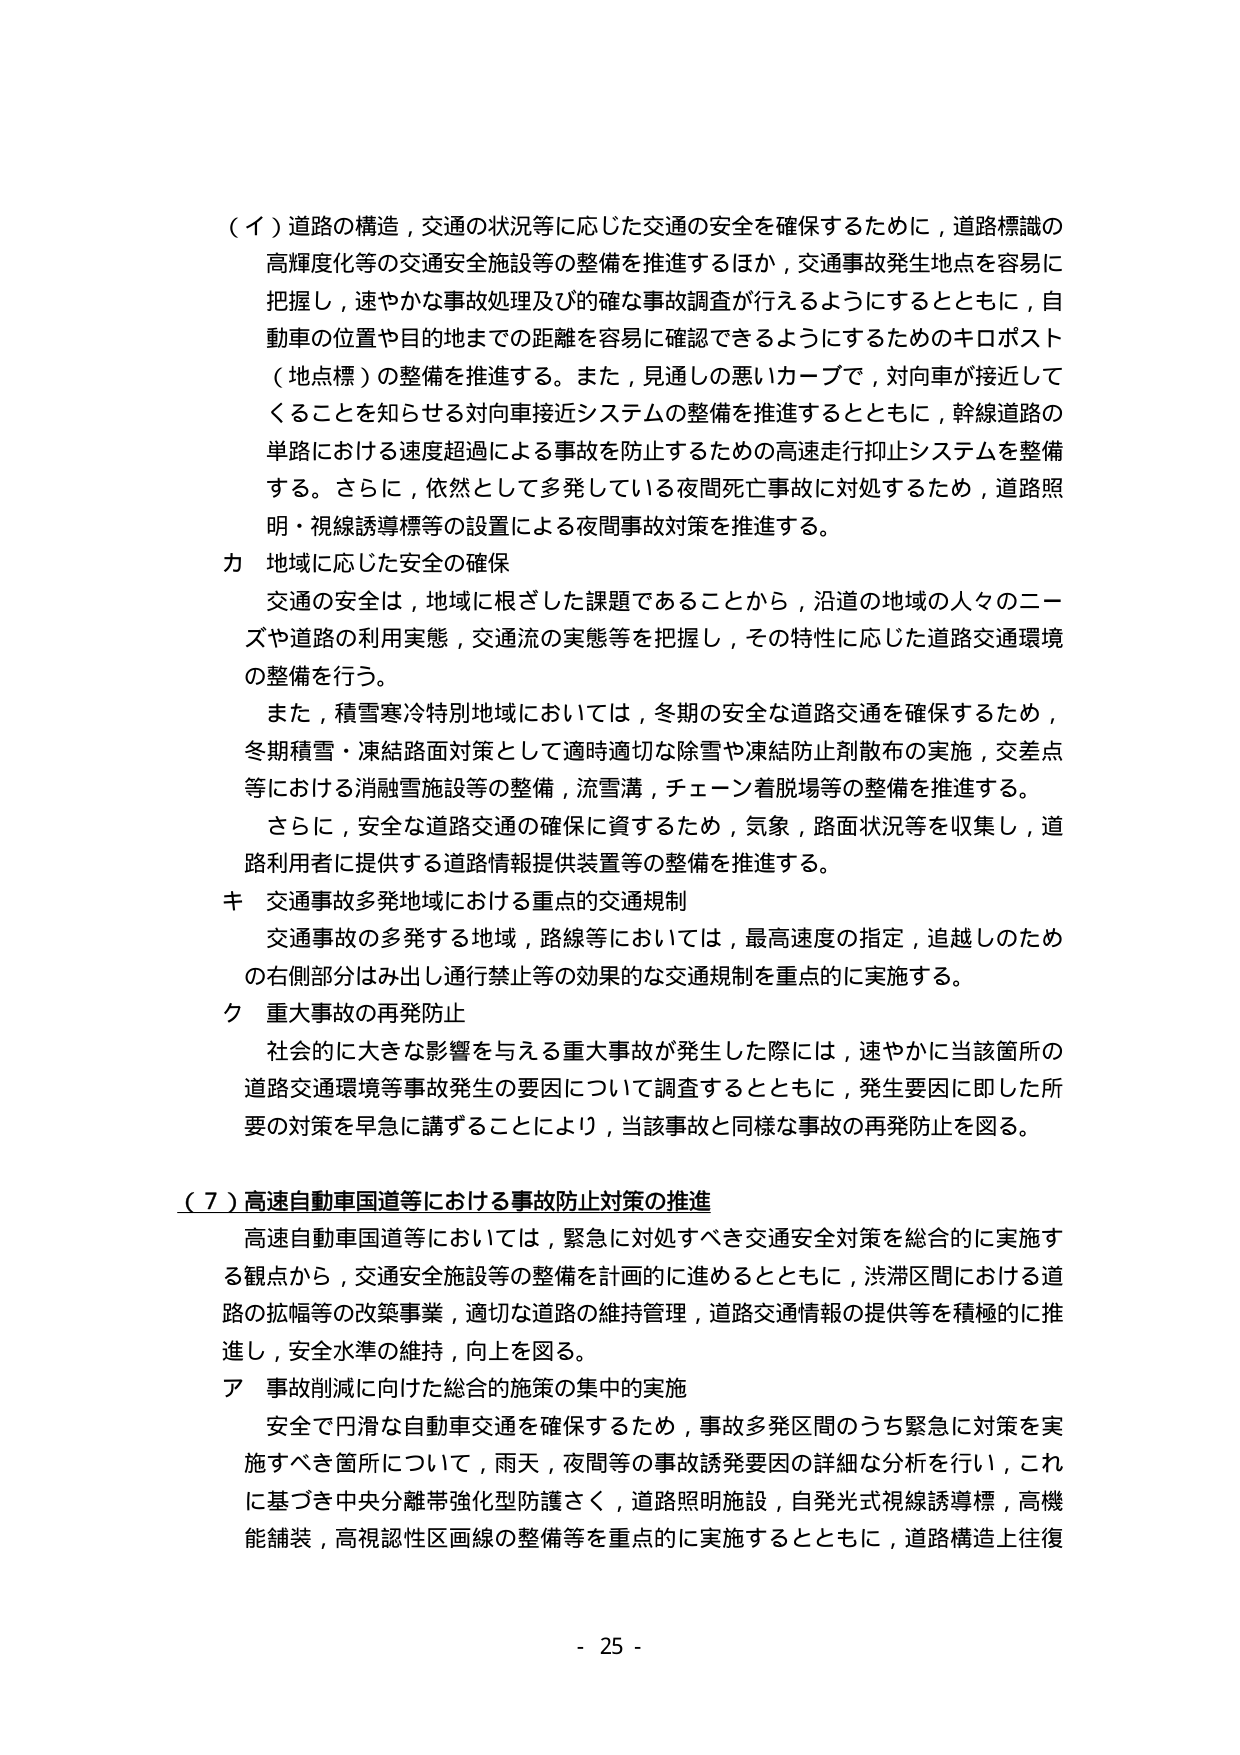
（イ）道路の構造，交通の状況等に応じた交通の安全を確保するために，道路標識の高輝度化等の交通安全施設等の整備を推進するほか，交通事故発生地点を容易に把握し，速やかな事故処理及び的確な事故調査が行えるようにするとともに，自動車の位置や目的地までの距離を容易に確認できるようにするためのキロポスト（地点標）の整備を推進する。また，見通しの悪いカーブで，対向車が接近してくることを知らせる対向車接近システムの整備を推進するとともに，幹線道路の単路における速度超過による事故を防止するための高速走行抑止システムを整備する。さらに，依然として多発している夜間死亡事故に対処するため，道路照明・視線誘導標等の設置による夜間事故対策を推進する。

カ 地域に応じた安全の確保
交通の安全は，地域に根ざした課題であることから，沿道の地域の人々のニーズや道路の利用実態，交通流の実態等を把握し，その特性に応じた道路交通環境の整備を行う。
また，積雪寒冷特別地域においては，冬期の安全な道路交通を確保するため，冬期積雪・凍結路面对策として適時適切な除雪や凍結防止剤散布の実施，交差点等における消融雪施設等の整備，流雪溝，チェーン着脱場等の整備を推進する。
さらに，安全な道路交通の確保に資するため，気象，路面状況等を収集し，道路利用者に提供する道路情報提供装置等の整備を推進する。

キ 交通事故多発地域における重点的交通規制
交通事故の多発する地域，路線等においては，最高速度の指定，追越しのための右側部分はみ出し通行禁止等の効果的な交通規制を重点的に実施する。

ク 重大事故の再発防止
社会的に大きな影響を与える重大事故が発生した際には，速やかに当該箇所の道路交通環境等事故発生の要因について調査するとともに，発生要因に即した所要の対策を早急に講ずることにより，当該事故と同様な事故の再発防止を図る。

（７）高速自動車国道等における事故防止対策の推進
高速自動車国道等においては，緊急に対処すべき交通安全対策を総合的に実施する観点から，交通安全施設等の整備を計画的に進めるとともに，渋滞区間における道路の拡幅等の改築事業，適切な道路の維持管理，道路交通情報の提供等を積極的に推進し，安全水準の維持，向上を図る。

ア 事故削減に向けた総合的施策の集中的実施
安全で円滑な自動車交通を確保するため，事故多発区間のうち緊急に対策を実施すべき箇所について，雨天，夜間等の事故誘発要因の詳細な分析を行い，これに基づき中央分離帯強化型防護さく，道路照明施設，自発光式視線誘導標，高機能舗装，高視認性区画線の整備等を重点的に実施するとともに，道路構造上往復

- 25 -